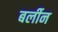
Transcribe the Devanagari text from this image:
बर्लीन